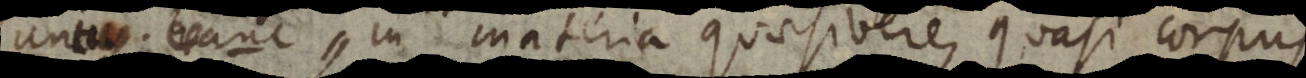
substantiam in materia quaesivere, quasi corpus